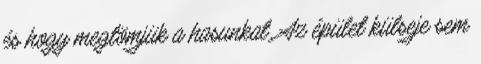
és hogy megtömjük a hasunkat. Az épület külseje sem